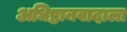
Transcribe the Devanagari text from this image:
अधिष्ठानवादाला